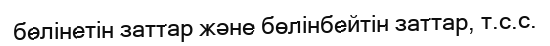
бөлінетін заттар және бөлінбейтін заттар, т.с.с.